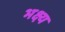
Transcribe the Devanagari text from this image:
भक्ष्‍य